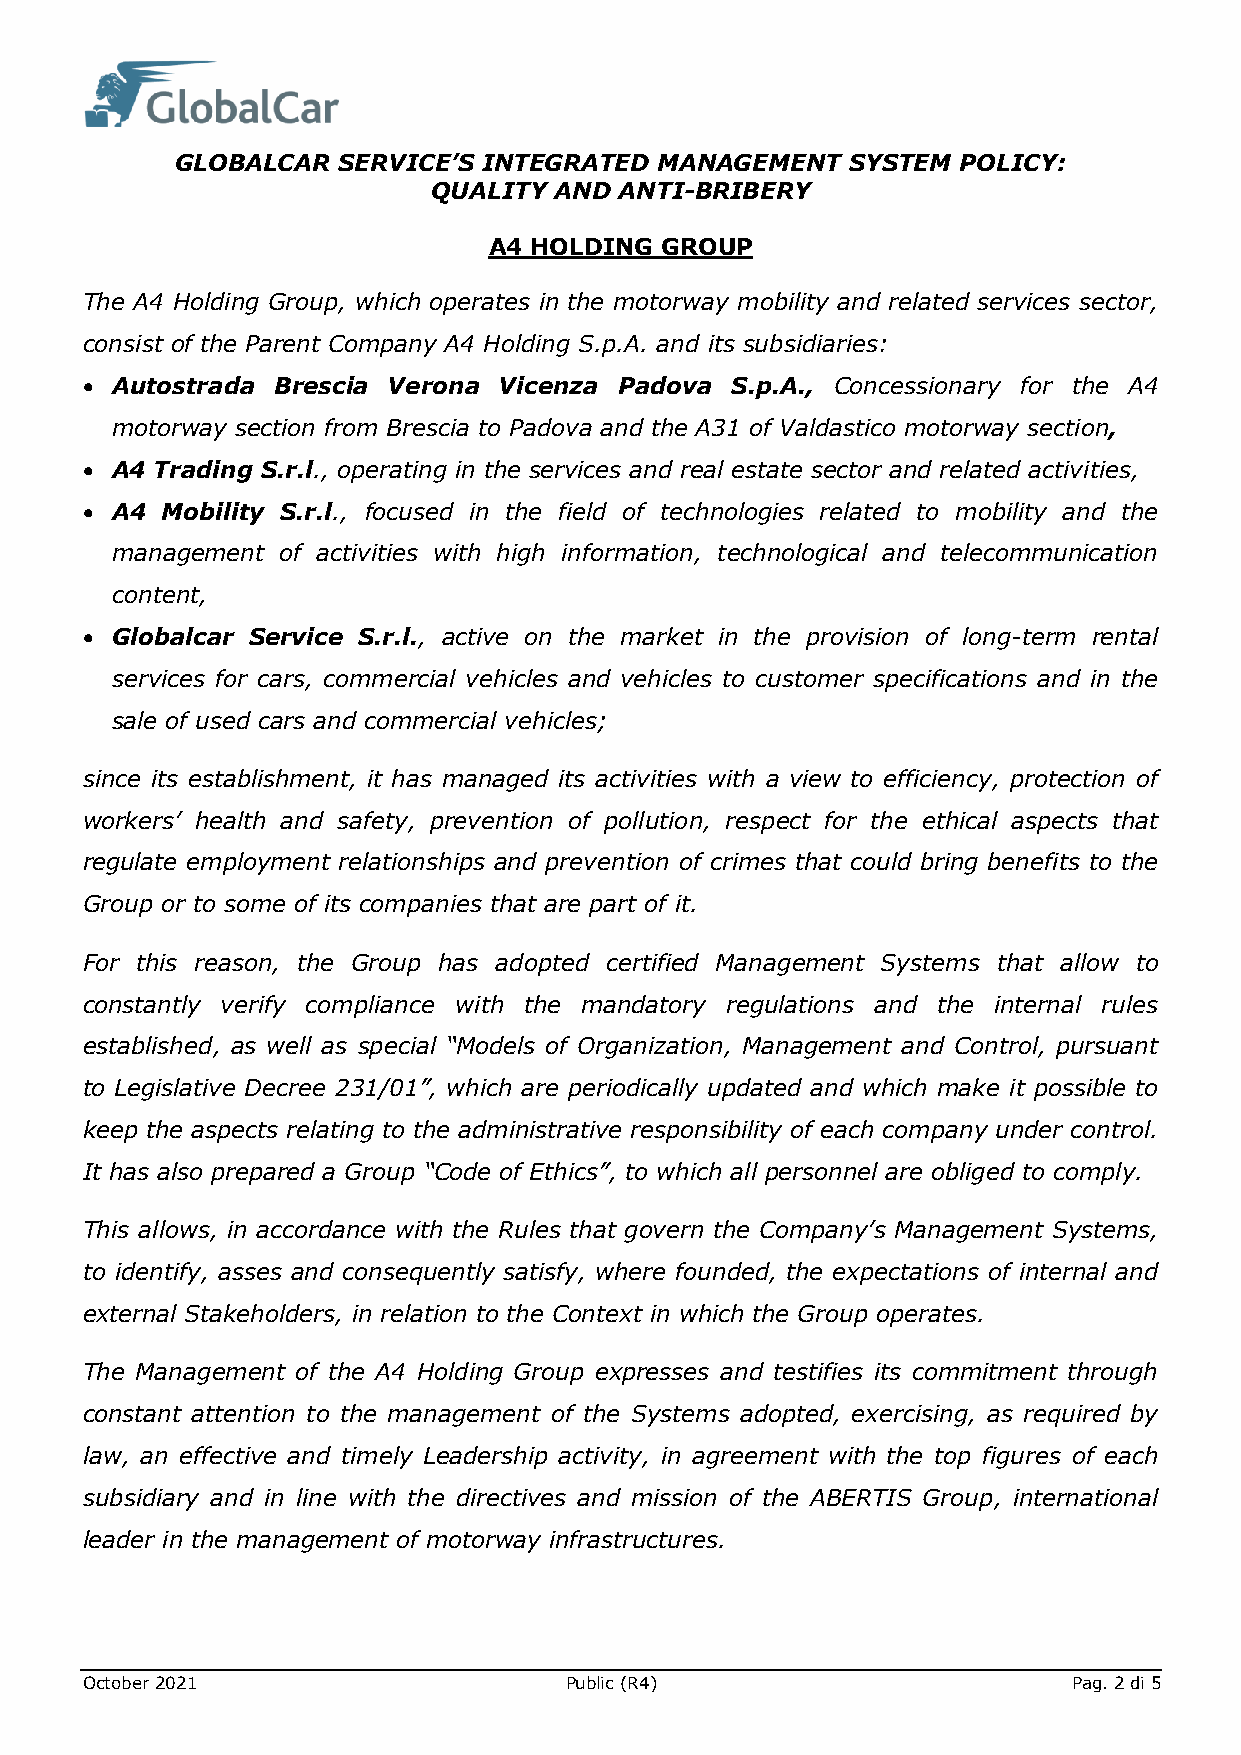
GLOBALCAR SERVICE’S INTEGRATED  MANAGEMENT  SYSTEM  POLICY:
 QUALITY AND ANTI-BRIBERY
 A4 HOLDING  GROUP
 The A4 Holding Group, which operates in the motorway mobility and related services sector,
 consist of the Parent Company A4 Holding S.p.A. and its subsidiaries:
 • Autostrada Brescia Verona Vicenza Padova S.p.A., Concessionary for the A4
 motorway section from Brescia to Padova and the A31 of Valdastico motorway section,
 • A4 Trading S.r.l., operating in the services and real estate sector and related activities,
 • A4  Mobility S.r.l., focused in the field of technologies related to mobility and the
 management of activities with high information, technological and telecommunication
 content,
 • Globalcar Service S.r.l., active on the market in the provision of long-term rental
 services for cars, commercial vehicles and vehicles to customer specifications and in the
 sale of used cars and commercial vehicles;
 since its establishment, it has managed its activities with a view to efficiency, protection of
 workers’ health and safety, prevention of pollution, respect for the ethical aspects that
 regulate employment relationships and prevention of crimes that could bring benefits to the
 Group or to some of its companies that are part of it.
 For this reason, the Group has adopted certified Management Systems that allow to
 constantly verify compliance with the mandatory regulations and the internal rules
 established, as well as special “Models of Organization, Management and Control, pursuant
 to Legislative Decree 231/01”, which are periodically updated and which make it possible to
 keep the aspects relating to the administrative responsibility of each company under control.
 It has also prepared a Group “Code of Ethics”, to which all personnel are obliged to comply.
 This allows, in accordance with the Rules that govern the Company’s Management Systems,
 to identify, asses and consequently satisfy, where founded, the expectations of internal and
 external Stakeholders, in relation to the Context in which the Group operates.
 The Management of the A4 Holding Group expresses and testifies its commitment through
 constant attention to the management of the Systems adopted, exercising, as required by
 law, an effective and timely Leadership activity, in agreement with the top figures of each
 subsidiary and in line with the directives and mission of the ABERTIS Group, international
 leader in the management of motorway infrastructures.
 October 2021                    Public (R4)                       Pag. 2 di 5